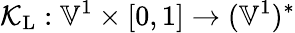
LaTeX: \mathcal{K}_{\mathrm{L}}:\mathbb{V}^{1}\times[0,1]\to(\mathbb{V}^{1})^{*}